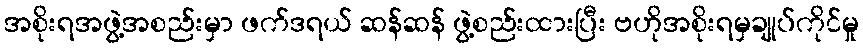
အစိုးရအဖွဲ့အစည်းမှာ ဖက်ဒရယ် ဆန်ဆန် ဖွဲ့စည်းထားပြီး ဗဟိုအစိုးရမှချုပ်ကိုင်မှု